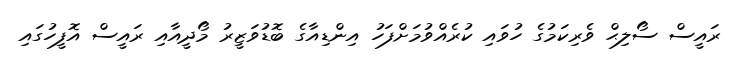
ރައީސް ސޯލިޙް ވެރިކަމުގެ ހުވައި ކުރެއްވުމަށްފަހު އިންޑިއާގެ ބޮޑުވަޒީރު މޯދީއާއި ރައީސް އޮފީހުގައި